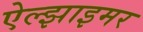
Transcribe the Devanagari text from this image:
ऐल्झाइमर